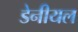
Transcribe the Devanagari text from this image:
डेनीयल